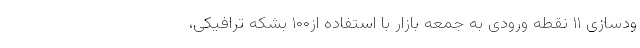
ودسازی ۱۱ نقطه ورودی به جمعه بازار با استفاده از۱۰۰ بشکه ترافیکی،